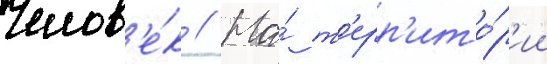
Челов'е́к // На́ т'ерр'ито́р'ии